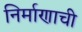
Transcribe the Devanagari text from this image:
निर्माणाची